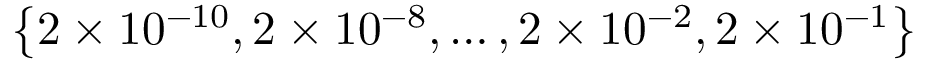
\left\{ 2 \times 1 0 ^ { - 1 0 } , 2 \times 1 0 ^ { - 8 } , \ldots , 2 \times 1 0 ^ { - 2 } , 2 \times 1 0 ^ { - 1 } \right\}